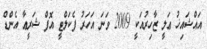
އައްޝައިޚު ޢަލީ ޒާހިރުއަކީ 2009 ވަނަ އަހަރު ފެކަލްޓީ އޮފް ޝަރީޢާ އެންޑް